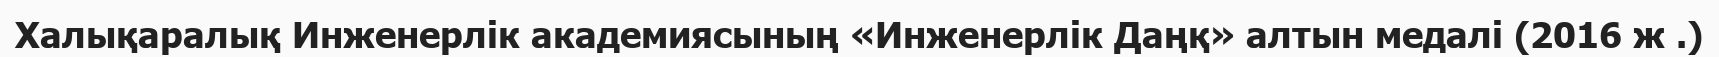
Халықаралық Инженерлік академиясының «Инженерлік Даңқ» алтын медалі (2016 ж .)